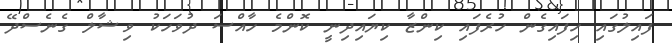
ފައިލުގައި ހިފައިގެން ހުރެފައި ކިންޒާ ކިޔައިދިނީ ކޮންމެ ހާއްސަ ދުވަހަކު ވިޝާލް ގެނެސްދޭ